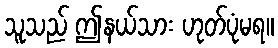
သူသည် ဤနယ်သား ဟုတ်ပုံမရ။